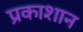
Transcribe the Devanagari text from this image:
प्रकाशान